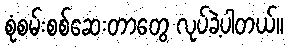
စုံစမ်းစစ်ဆေးတာတွေ လုပ်ခဲ့ပါတယ်။